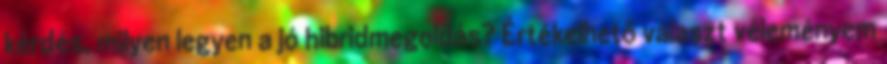
kérdés, milyen legyen a jó hibridmegoldás? Értékelhető választ véleményem